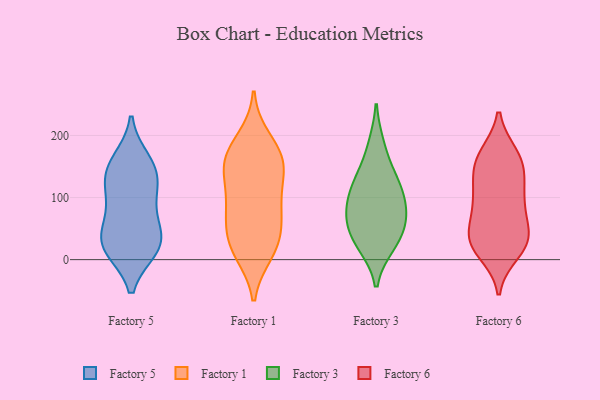
{"axis": {"x": "Inventory Turnover", "y": "Value"}, "legend": ["Factory 1", "Factory 3", "Factory 5", "Factory 6"], "data": [{"x": "", "y": 41, "type": "Factory 5"}, {"x": "", "y": 28, "type": "Factory 5"}, {"x": "", "y": 19, "type": "Factory 5"}, {"x": "", "y": 158, "type": "Factory 5"}, {"x": "", "y": 21, "type": "Factory 5"}, {"x": "", "y": 90, "type": "Factory 5"}, {"x": "", "y": 143, "type": "Factory 5"}, {"x": "", "y": 27, "type": "Factory 5"}, {"x": "", "y": 88, "type": "Factory 5"}, {"x": "", "y": 141, "type": "Factory 5"}, {"x": "", "y": 129, "type": "Factory 5"}, {"x": "", "y": 24, "type": "Factory 1"}, {"x": "", "y": 38, "type": "Factory 1"}, {"x": "", "y": 88, "type": "Factory 1"}, {"x": "", "y": 20, "type": "Factory 1"}, {"x": "", "y": 106, "type": "Factory 1"}, {"x": "", "y": 75, "type": "Factory 1"}, {"x": "", "y": 159, "type": "Factory 1"}, {"x": "", "y": 168, "type": "Factory 1"}, {"x": "", "y": 163, "type": "Factory 1"}, {"x": "", "y": 142, "type": "Factory 1"}, {"x": "", "y": 148, "type": "Factory 1"}, {"x": "", "y": 12, "type": "Factory 1"}, {"x": "", "y": 71, "type": "Factory 1"}, {"x": "", "y": 193, "type": "Factory 1"}, {"x": "", "y": 24, "type": "Factory 3"}, {"x": "", "y": 74, "type": "Factory 3"}, {"x": "", "y": 106, "type": "Factory 3"}, {"x": "", "y": 67, "type": "Factory 3"}, {"x": "", "y": 28, "type": "Factory 3"}, {"x": "", "y": 183, "type": "Factory 3"}, {"x": "", "y": 47, "type": "Factory 3"}, {"x": "", "y": 127, "type": "Factory 3"}, {"x": "", "y": 131, "type": "Factory 3"}, {"x": "", "y": 87, "type": "Factory 3"}, {"x": "", "y": 49, "type": "Factory 6"}, {"x": "", "y": 26, "type": "Factory 6"}, {"x": "", "y": 33, "type": "Factory 6"}, {"x": "", "y": 169, "type": "Factory 6"}, {"x": "", "y": 28, "type": "Factory 6"}, {"x": "", "y": 144, "type": "Factory 6"}, {"x": "", "y": 30, "type": "Factory 6"}, {"x": "", "y": 32, "type": "Factory 6"}, {"x": "", "y": 168, "type": "Factory 6"}, {"x": "", "y": 164, "type": "Factory 6"}, {"x": "", "y": 98, "type": "Factory 6"}, {"x": "", "y": 12, "type": "Factory 6"}, {"x": "", "y": 144, "type": "Factory 6"}, {"x": "", "y": 129, "type": "Factory 6"}, {"x": "", "y": 98, "type": "Factory 6"}, {"x": "", "y": 82, "type": "Factory 6"}, {"x": "", "y": 86, "type": "Factory 6"}]}